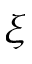
\xi